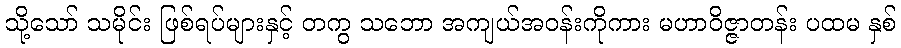
သို့သော် သမိုင်း ဖြစ်ရပ်များနှင့် တကွ သဘော အကျယ်အဝန်းကိုကား မဟာဝိဇ္ဇာတန်း ပထမ နှစ်